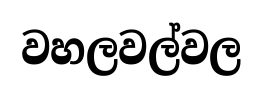
වහලවල්වල